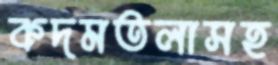
কদমতলাসহ